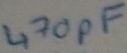
Text: 470pF